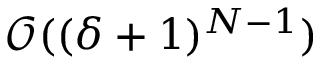
\mathcal { O } ( ( \delta + 1 ) ^ { N - 1 } )